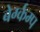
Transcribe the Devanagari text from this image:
बेर्ग्कम्प